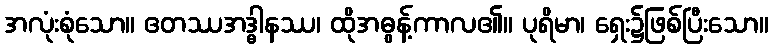
အလုံးစုံသော။ ဧတဿအဒ္ဓါနဿ၊ ထိုအဓွန့်ကာလ၏။ ပုရိမာ၊ ရှေး၌ဖြစ်ပြီးသော။